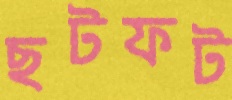
ছটফট